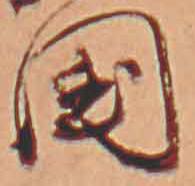
国